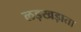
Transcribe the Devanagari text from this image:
लड़खड़ाता